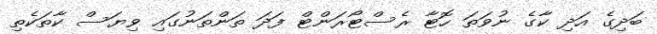
ބަދިގެ އަދި ކާގެ ނުވަތަ ހޮޓާ ރެސްޓޯރަންޓް ފަދަ ތަންތަނުގައި ވިޔަސް ކާތަކެތި